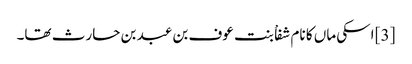
[3] اسکی ماں کا نام شفاْ بنت عوف بن عبد بن حارث تھا۔